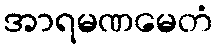
အာရမဏမေတံ